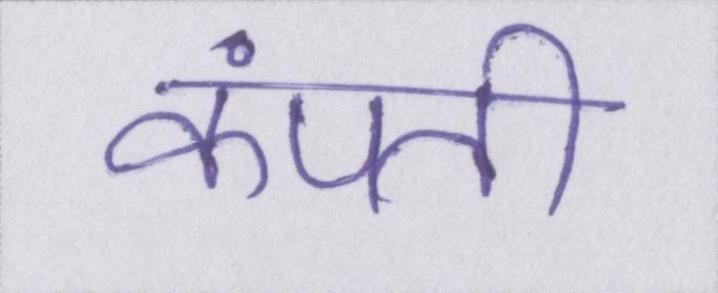
कंपती